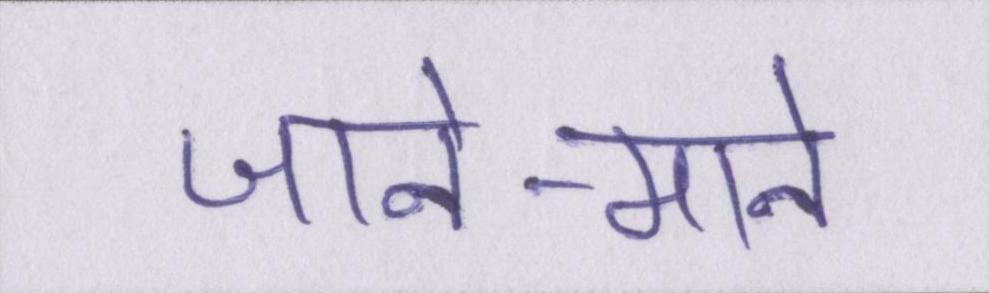
जाने-माने